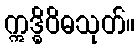
ဣဒ္ဓိဝိဓသုတ်။